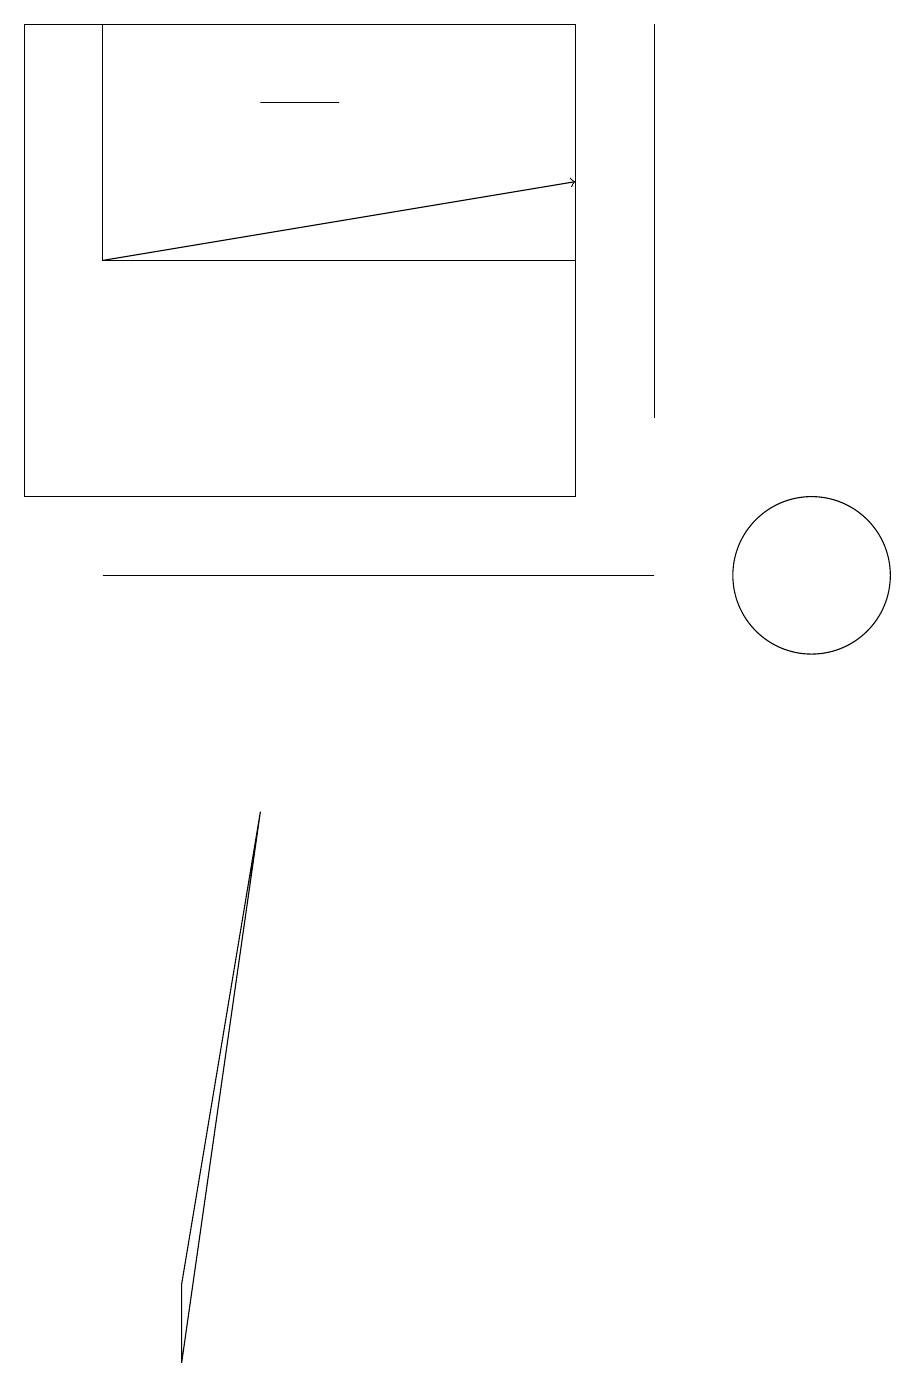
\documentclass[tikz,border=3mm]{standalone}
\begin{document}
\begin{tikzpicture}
\draw (2,16) rectangle (8,19);
\draw[->] (2,16) -- (8,17);
\draw (3,3) -- (4,9) -- (3,2) -- cycle;
\draw (9,12) rectangle (2,12);
\draw (4,18) rectangle (5,18);
\draw (11,12) circle (1);
\draw (9,14) rectangle (9,19);
\draw (1,19) rectangle (8,13);
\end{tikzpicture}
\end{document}